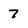
Character: 7